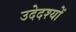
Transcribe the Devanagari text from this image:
उदेदश्यों